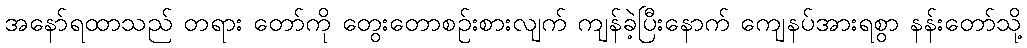
အနော်ရထာသည် တရား တော်ကို တွေးတောစဉ်းစားလျက် ကျန်ခဲ့ပြီးနောက် ကျေနပ်အားရစွာ နန်းတော်သို့